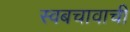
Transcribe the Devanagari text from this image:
स्वबचावाची